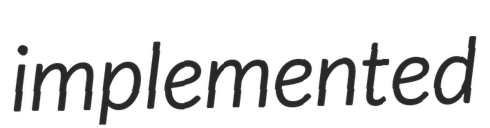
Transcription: implemented